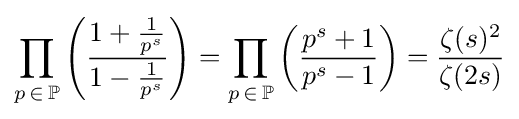
\prod _{p\,\in \,\mathbb {P} }\left({\frac {1+{\frac {1}{p^{s}}}}{1-{\frac {1}{p^{s}}}}}\right)=\prod _{p\,\in \,\mathbb {P} }\left({\frac {p^{s}+1}{p^{s}-1}}\right)={\frac {\zeta (s)^{2}}{\zeta (2s)}}